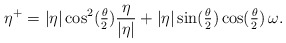
\begin{align*} \eta^+ = |\eta| \cos^2(\tfrac{\theta}{2}) \frac{\eta}{|\eta|} + |\eta| \sin(\tfrac{\theta}{2})\cos(\tfrac{\theta}{2})\, \omega . \end{align*}